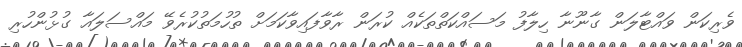
ވެރިކަން ވައްޓާލަން ގާނޫނާ ހިލާފު މަސައްކަތްތަކެއް ކުރަން ރާވާފައިވާކަމަށް ތުހުމަތުކުރެވޭ މައްސަލައާ ގުޅުންހުރި